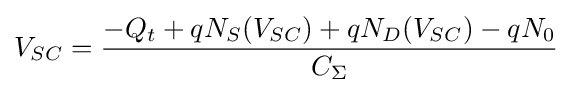
V_{SC}={\frac {-Q_{t}+qN_{S}(V_{SC})+qN_{D}(V_{SC})-qN_{0}}{C_{\Sigma }}}